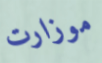
موزارت